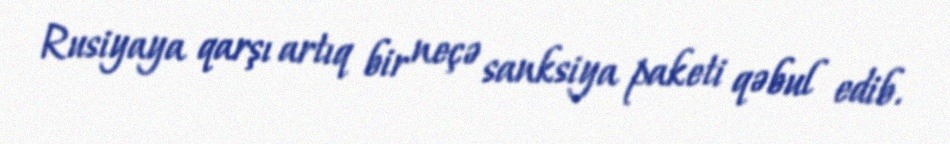
Rusiyaya qarşı artıq bir neçə sanksiya paketi qəbul edib.